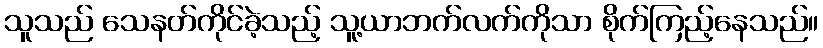
သူသည် သေနတ်ကိုင်ခဲ့သည့် သူ့ယာဘက်လက်ကိုသာ စိုက်ကြည့်နေသည်။